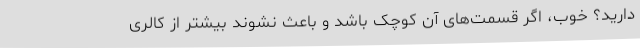
دارید؟ خوب، اگر قسمت‌های آن کوچک باشد و باعث نشوند بیشتر از کالری